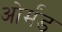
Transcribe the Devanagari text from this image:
ओर्मंड